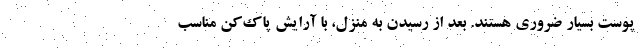
پوست بسیار ضروری هستند. بعد از رسیدن به منزل، با آرایش پاک‌کن مناسب